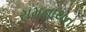
રામનાથન